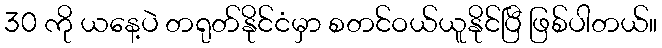
30 ကို ယနေ့ပဲ တရုတ်နိုင်ငံမှာ စတင်ဝယ်ယူနိုင်ပြီ ဖြစ်ပါတယ်။